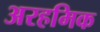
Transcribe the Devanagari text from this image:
अरहमिक